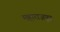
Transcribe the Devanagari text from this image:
महाराजपुत्र